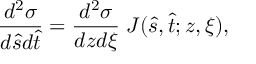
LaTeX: { \frac { d ^ { 2 } \sigma } { d \hat { s } d \hat { t } } } = { \frac { d ^ { 2 } \sigma } { d z d \xi } } \; J ( \hat { s } , \hat { t } ; z , \xi ) ,